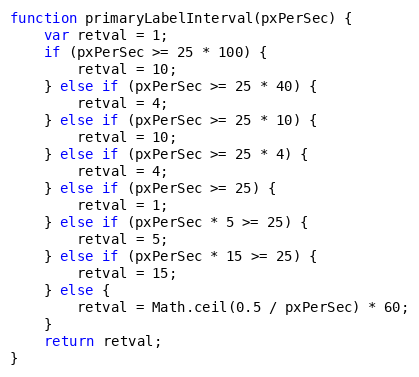
Language: JavaScript
function primaryLabelInterval(pxPerSec) {
    var retval = 1;
    if (pxPerSec >= 25 * 100) {
        retval = 10;
    } else if (pxPerSec >= 25 * 40) {
        retval = 4;
    } else if (pxPerSec >= 25 * 10) {
        retval = 10;
    } else if (pxPerSec >= 25 * 4) {
        retval = 4;
    } else if (pxPerSec >= 25) {
        retval = 1;
    } else if (pxPerSec * 5 >= 25) {
        retval = 5;
    } else if (pxPerSec * 15 >= 25) {
        retval = 15;
    } else {
        retval = Math.ceil(0.5 / pxPerSec) * 60;
    }
    return retval;
}